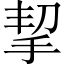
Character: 挈